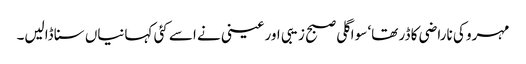
مہرو کی ناراضی کا ڈر تھا‘ سو اگلی صبح زیبی اور عینی نے اسے کئی کہانیاں سنا ڈالیں۔